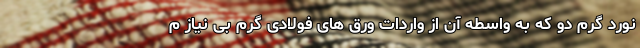
نورد گرم دو که به واسطه آن از واردات ورق های فولادی گرم بی نیاز م